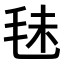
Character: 𣭐